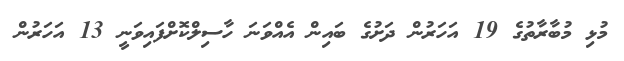
މުޅި މުބާރާތުގެ 19 އަހަރުން ދަށުގެ ބައިން އެއްވަނަ ހާސިލްކޮށްފައިވަނީ 13 އަަހަރުން